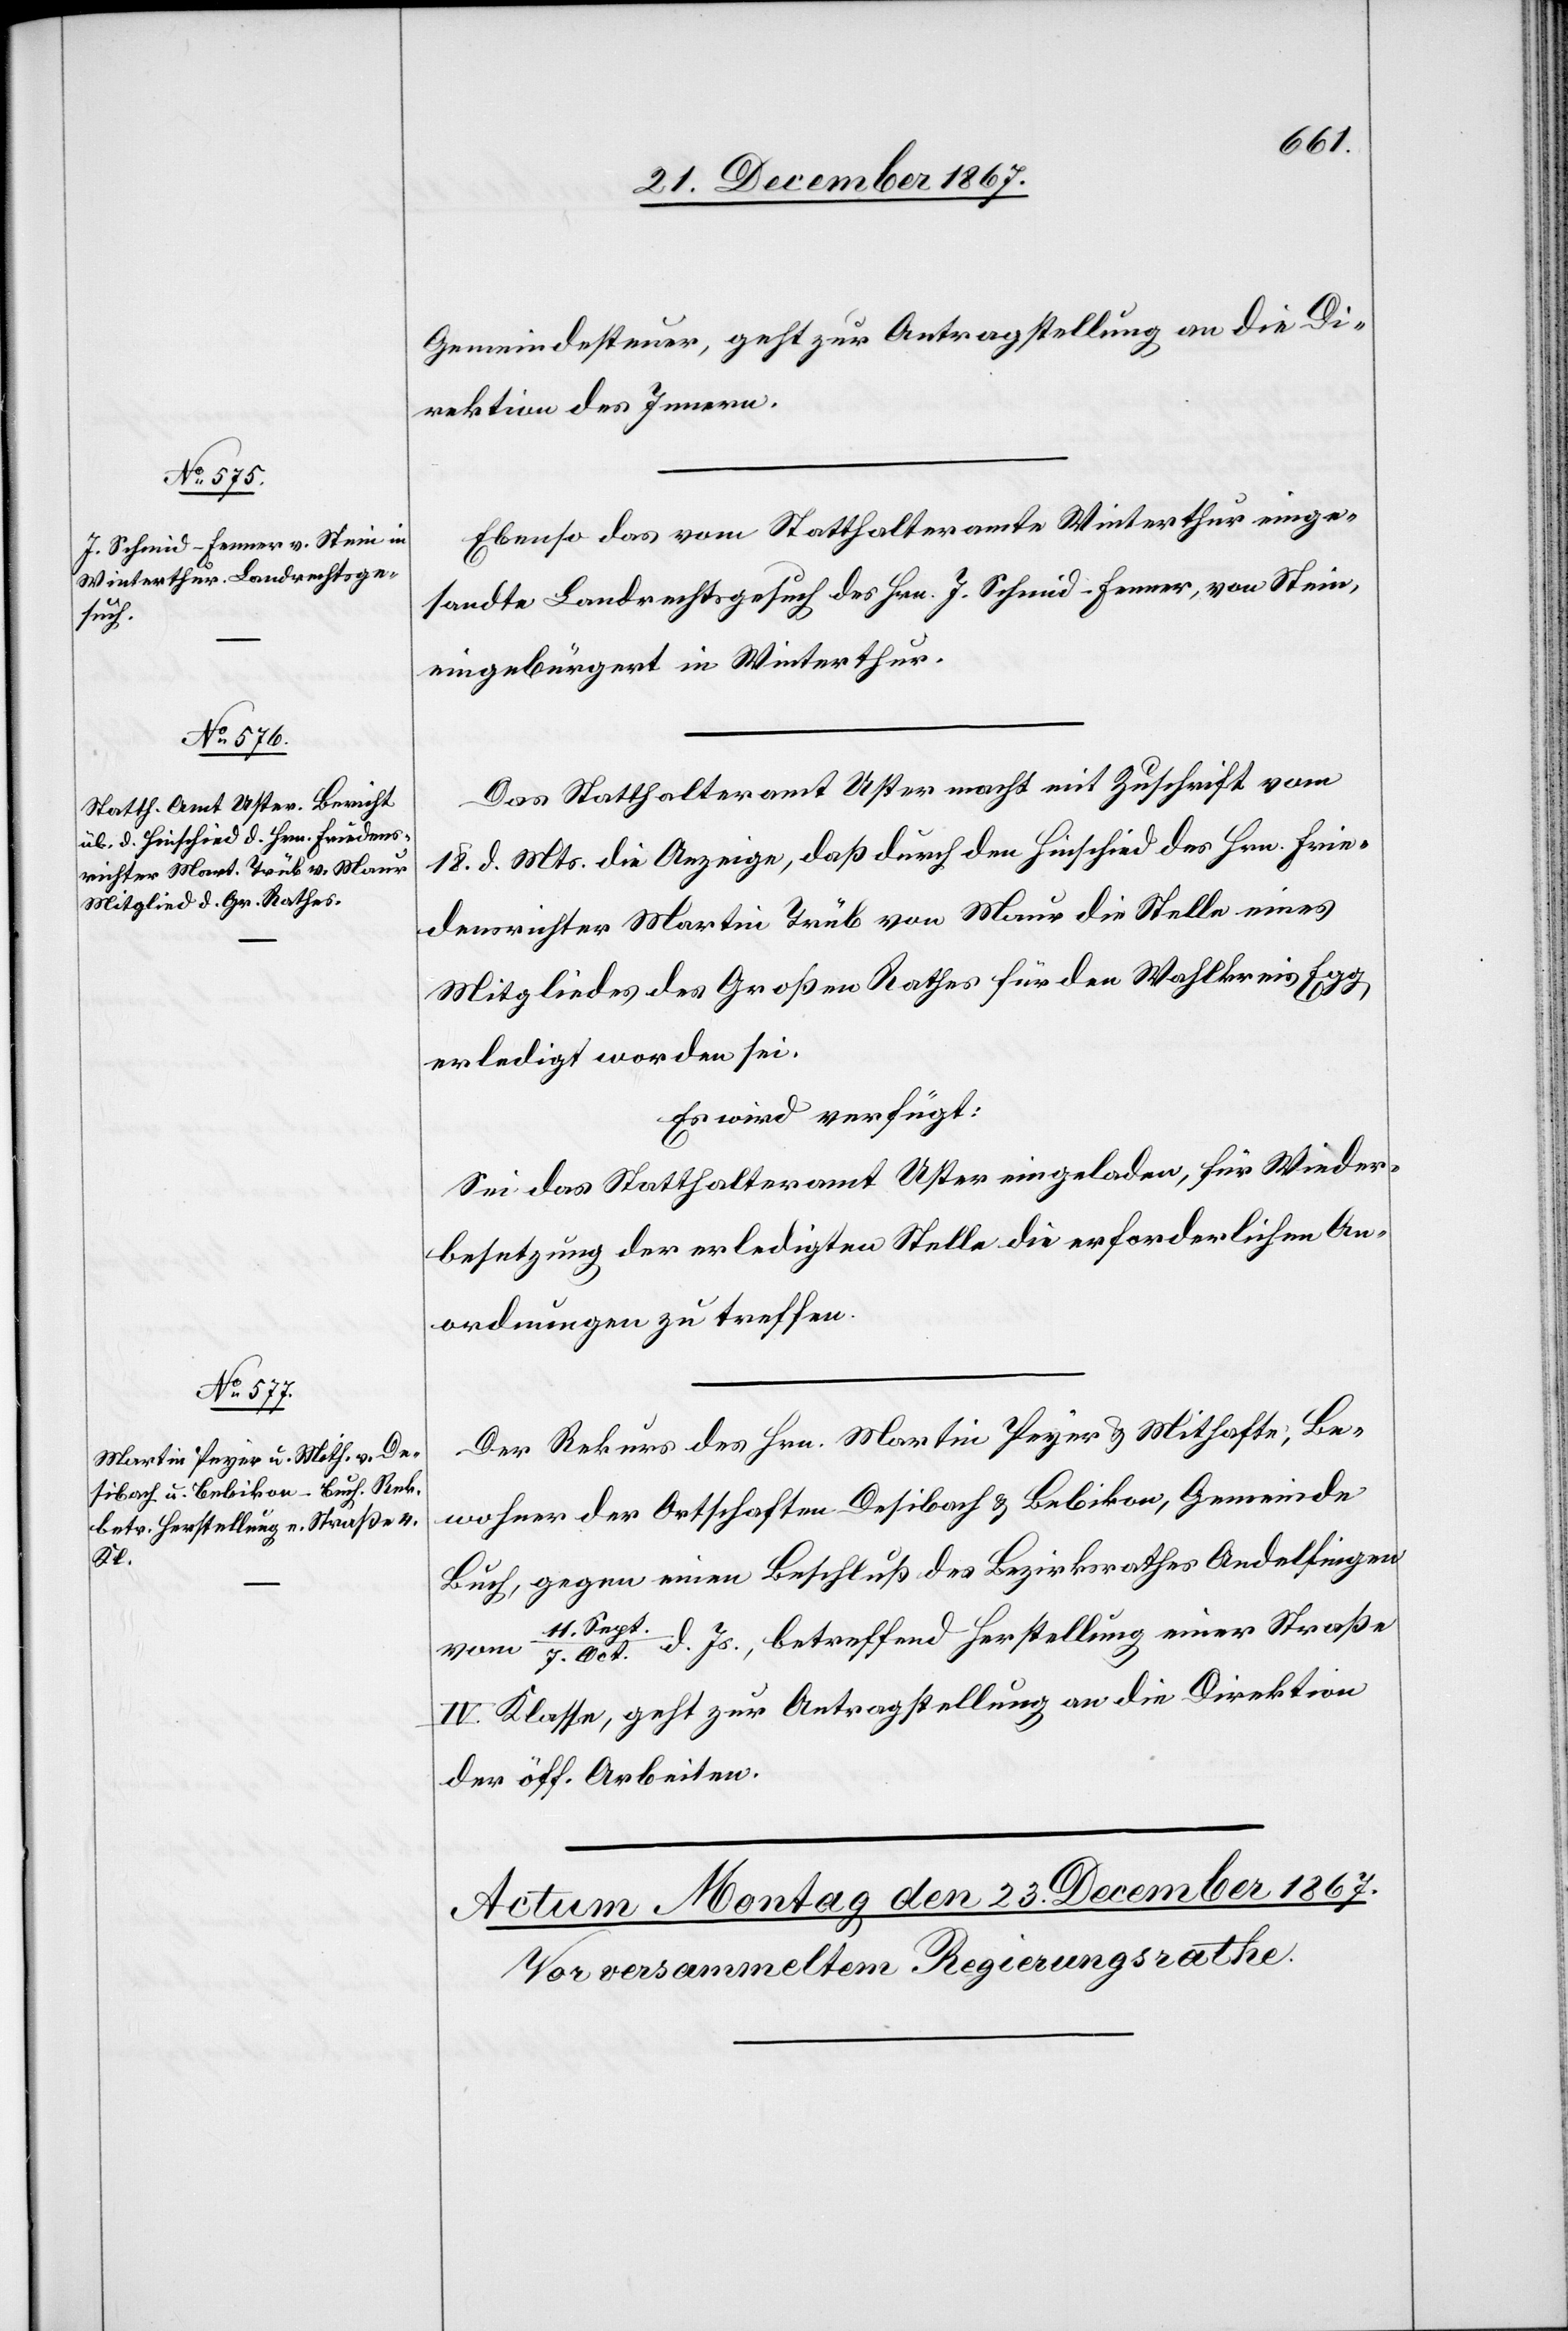
21. December 1867.]
Gemeindesteuer, geht zur Antragstellung an die Di¬
rektion des Innern.
Ebenso das vom Statthalteramte Winterthur einge¬
sandte Landrechtsgesuch des Hrn. J. Schmid-Ferrer, von Stein,
eingebürgert in Winterthur.
Das Statthalteramt Uster macht mit Zuschrift vom
18. d. Mts. die Anzeige, daß durch den Hinschied des Hrn. Frie¬
densrichter Martin Trüb von Maur die Stelle eines
Mitgliedes des Großen Rathes für den Wahlkreis Egg
erledigt worden sei.
Es wird verfügt:
Sei das Statthalteramt Uster eingeladen, für Wieder¬
besetzung der erledigten Stelle die erforderlichen An¬
ordnungen zu treffen.
Der Rekurs des Hrn. Martin Peyer u. Mithafte, Be¬
wohner der Ortschaften Desibach u. Bubikon, Gemeidne
Buch, gegen einen Beschluß des Bezirksrathes Andelfingen
11. Sep¬
t/7. Oct. d. Js. betreffend Herstellung einer Straße
IV. Klasse, geht zur Antragstellung an die Direktion
der öff. Arbeiten.